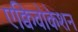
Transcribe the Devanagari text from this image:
एक्विवोकेशन